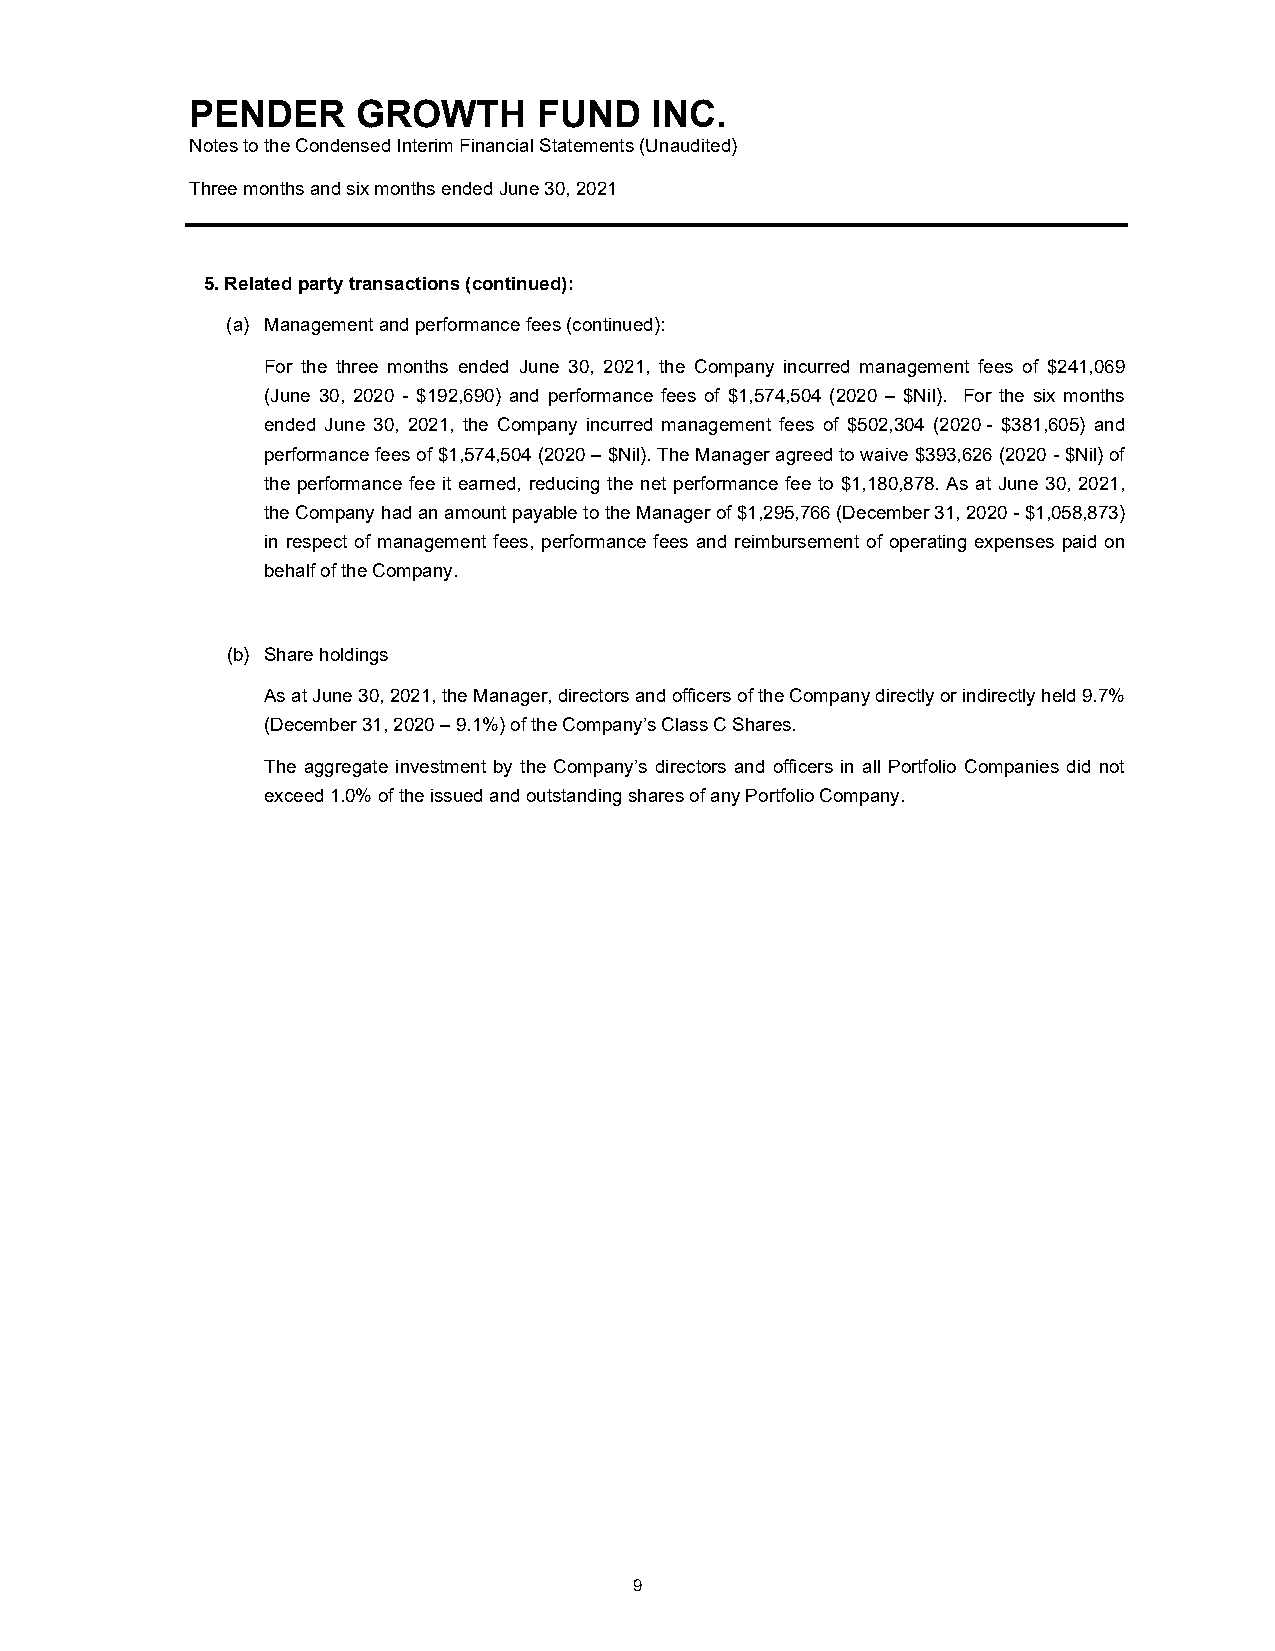
PENDER     GROWTH      FUND   INC.
 Notes to the Condensed Interim Financial Statements (Unaudited)
 Three months and six months ended June 30, 2021
 5. Related party transactions (continued):
 (a) Management and performance fees (continued):
 For the three months ended June 30, 2021, the Company incurred management fees of $241,069
 (June 30, 2020 - $192,690) and performance fees of $1,574,504 (2020 – $Nil). For the six months
 ended June 30, 2021, the Company incurred management fees of $502,304 (2020 - $381,605) and
 performance fees of $1,574,504 (2020 – $Nil). The Manager agreed to waive $393,626 (2020 - $Nil) of
 the performance fee it earned, reducing the net performance fee to $1,180,878. As at June 30, 2021,
 the Company had an amount payable to the Manager of $1,295,766 (December 31, 2020 - $1,058,873)
 in respect of management fees, performance fees and reimbursement of operating expenses paid on
 behalf of the Company.
 (b) Share holdings
 As at June 30, 2021, the Manager, directors and officers of the Company directly or indirectly held 9.7%
 (December 31, 2020 – 9.1%) of the Company’s Class C Shares.
 The aggregate investment by the Company’s directors and officers in all Portfolio Companies did not
 exceed 1.0% of the issued and outstanding shares of any Portfolio Company.
 9